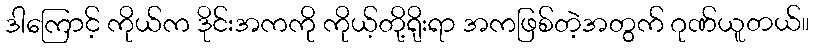
ဒါကြောင့် ကိုယ်က ဒိုင်းအကကို ကိုယ့်တို့ရိုးရာ အကဖြစ်တဲ့အတွက် ဂုဏ်ယူတယ်။